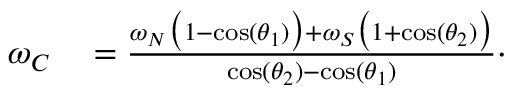
\begin{array} { r l } { \omega _ { C } } & { { } = \frac { \omega _ { N } \big ( 1 - \cos ( \theta _ { 1 } ) \big ) + \omega _ { S } \big ( 1 + \cos ( \theta _ { 2 } ) \big ) } { \cos ( \theta _ { 2 } ) - \cos ( \theta _ { 1 } ) } \cdot } \end{array}